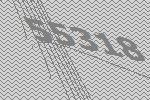
55318